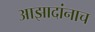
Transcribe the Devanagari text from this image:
आझादांनाच